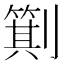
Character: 𪟕